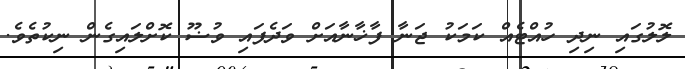
ލޮލުގައި ނިދި ހުއްޓެއް ކަމަކު ޖަނާ ފާޚާނާއަށް ވަދެފައި ވުޟޫ ކޮށްލައިގެން ނިކުތެވެ.